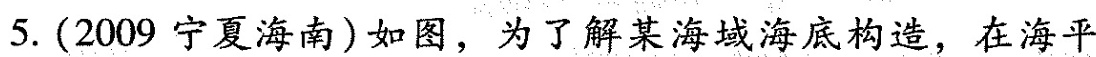
5.(2009宁夏海南)如图，为了解某海域海底构造，在海平